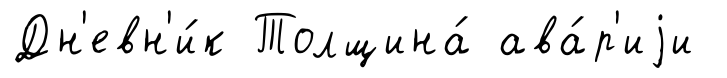
Дн'евн'и́к Толщина́ ава́р'иjи